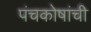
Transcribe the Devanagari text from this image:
पंचकोषांची